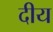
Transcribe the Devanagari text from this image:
दीय